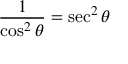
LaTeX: { \frac { 1 } { \cos ^ { 2 } \theta } } = \sec ^ { 2 } \theta